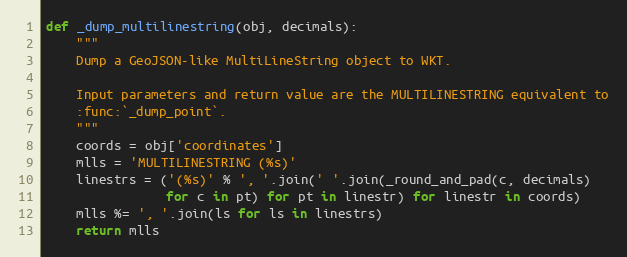
Language: Python
def _dump_multilinestring(obj, decimals):
    """
    Dump a GeoJSON-like MultiLineString object to WKT.

    Input parameters and return value are the MULTILINESTRING equivalent to
    :func:`_dump_point`.
    """
    coords = obj['coordinates']
    mlls = 'MULTILINESTRING (%s)'
    linestrs = ('(%s)' % ', '.join(' '.join(_round_and_pad(c, decimals)
                for c in pt) for pt in linestr) for linestr in coords)
    mlls %= ', '.join(ls for ls in linestrs)
    return mlls